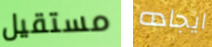
مستقيل ايجاده